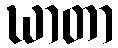
ဃာတာ